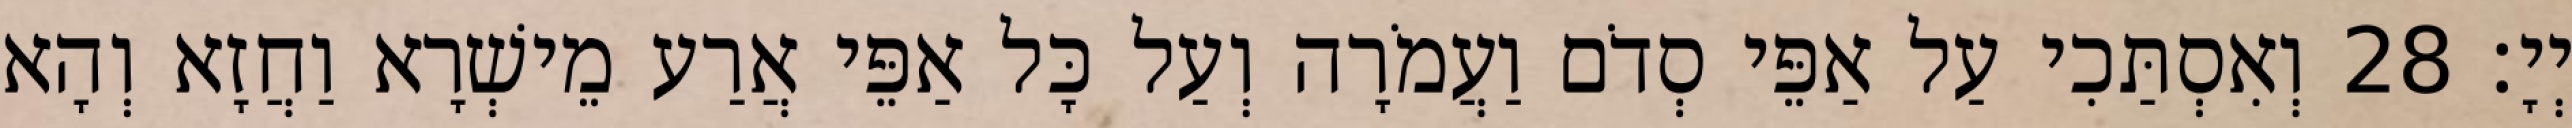
יְיָ׃ 28 וְאִסְתַּכִי עַל אַפֵּי סְדֹם וַעֲמֹרָה וְעַל כָּל אַפֵּי אֲרַע מֵישְׁרָא וַחֲזָא וְהָא